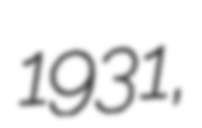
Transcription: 1931,